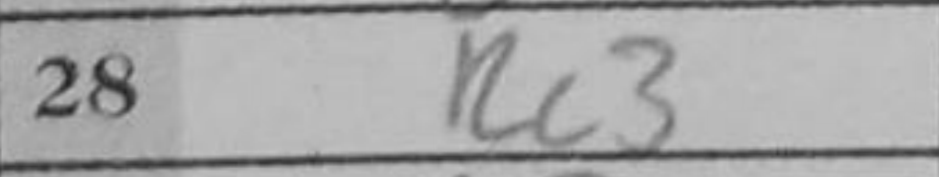
Transcription: Bc4